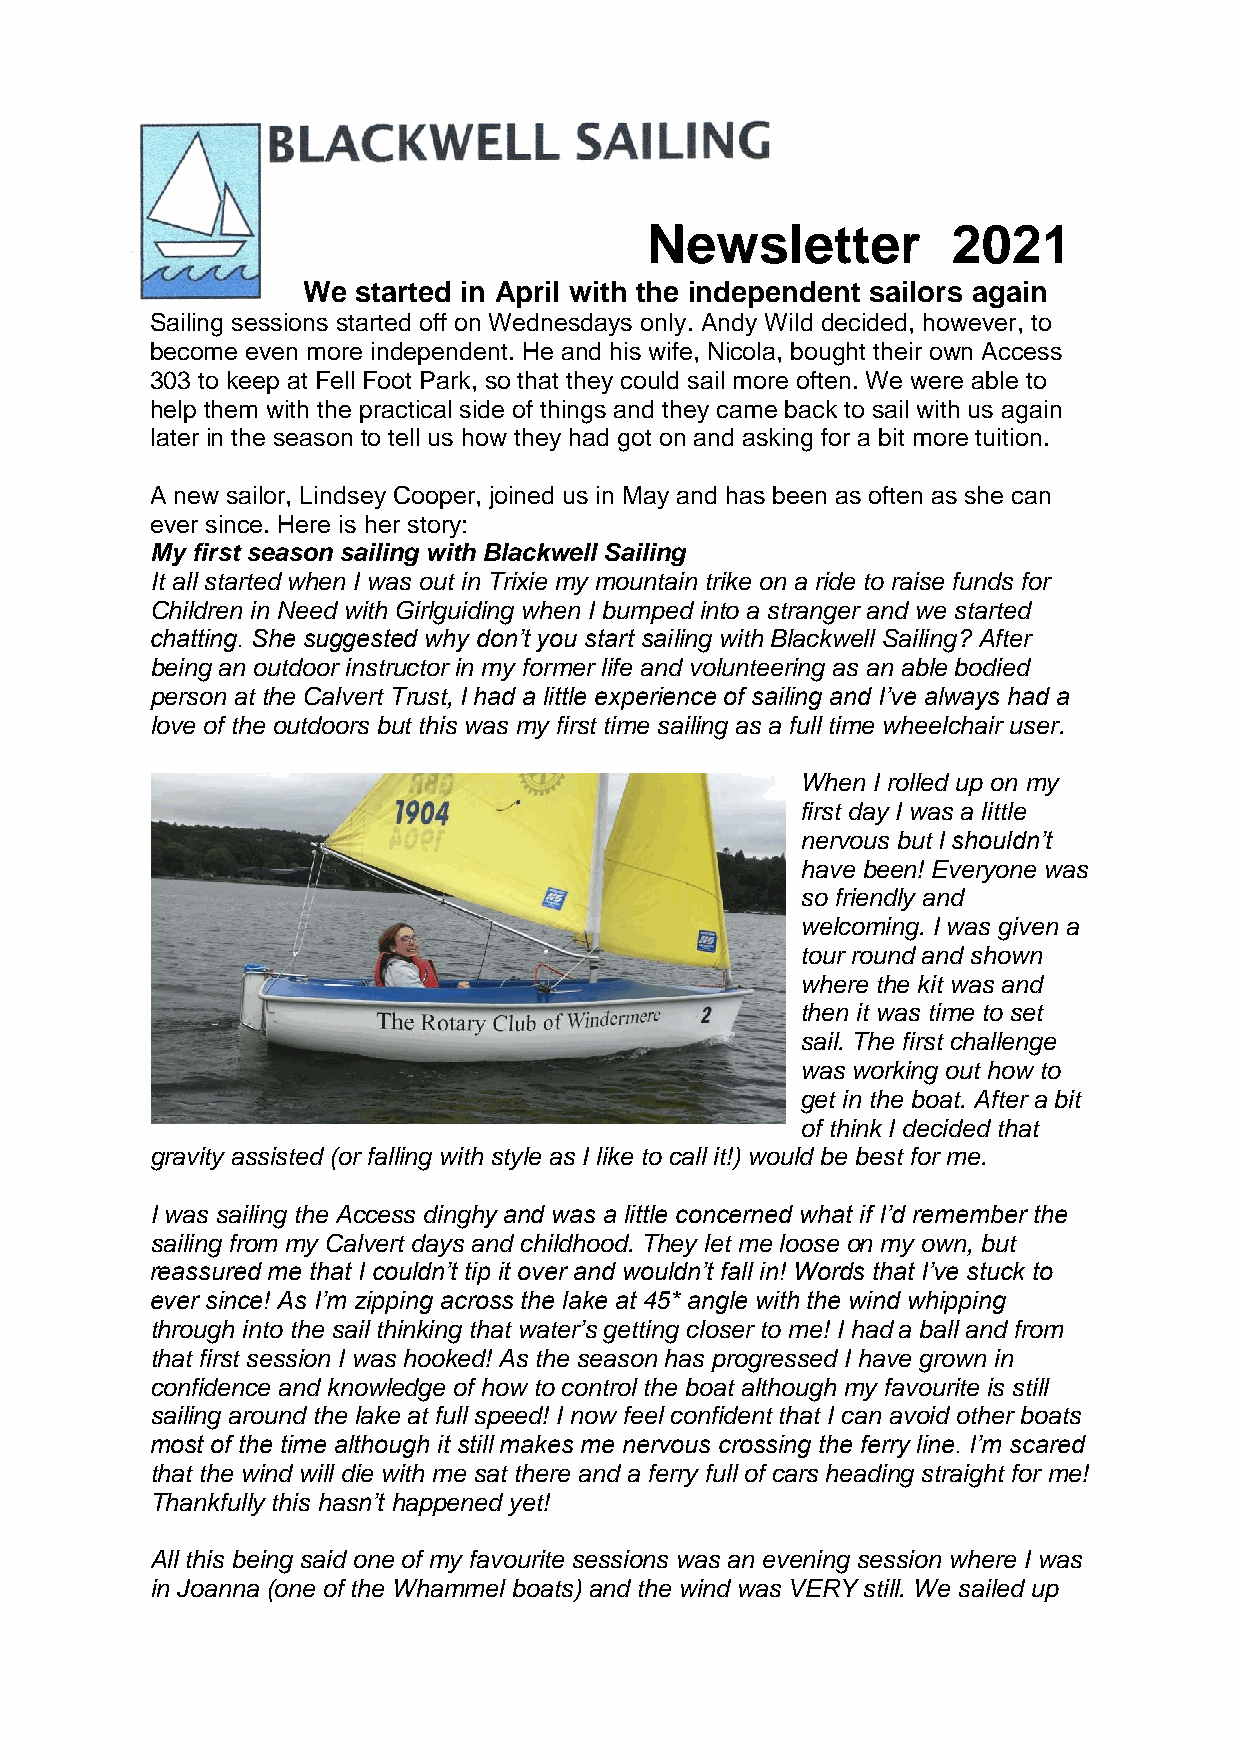
Newsletter          2021
 We  started in April with the independent sailors again
 Sailing sessions started off on Wednesdays only. Andy Wild decided, however, to
 become even more independent. He and his wife, Nicola, bought their own Access
 303 to keep at Fell Foot Park, so that they could sail more often. We were able to
 help them with the practical side of things and they came back to sail with us again
 later in the season to tell us how they had got on and asking for a bit more tuition.
 A new sailor, Lindsey Cooper, joined us in May and has been as often as she can
 ever since. Here is her story:
 My first season sailing with Blackwell Sailing
 It all started when I was out in Trixie my mountain trike on a ride to raise funds for
 Children in Need with Girlguiding when I bumped into a stranger and we started
 chatting. She suggested why don’t you start sailing with Blackwell Sailing? After
 being an outdoor instructor in my former life and volunteering as an able bodied
 person at the Calvert Trust, I had a little experience of sailing and I’ve always had a
 love of the outdoors but this was my first time sailing as a full time wheelchair user.
 When I rolled up on my
 first day I was a little
 nervous but I shouldn’t
 have been! Everyone was
 so friendly and
 welcoming. I was given a
 tour round and shown
 where the kit was and
 then it was time to set
 sail. The first challenge
 was working out how to
 get in the boat. After a bit
 of think I decided that
 gravity assisted (or falling with style as I like to call it!) would be best for me.
 I was sailing the Access dinghy and was a little concerned what if I’d remember the
 sailing from my Calvert days and childhood. They let me loose on my own, but
 reassured me that I couldn’t tip it over and wouldn’t fall in! Words that I’ve stuck to
 ever since! As I’m zipping across the lake at 45* angle with the wind whipping
 through into the sail thinking that water’s getting closer to me! I had a ball and from
 that first session I was hooked! As the season has progressed I have grown in
 confidence and knowledge of how to control the boat although my favourite is still
 sailing around the lake at full speed! I now feel confident that I can avoid other boats
 most of the time although it still makes me nervous crossing the ferry line. I’m scared
 that the wind will die with me sat there and a ferry full of cars heading straight for me!
 Thankfully this hasn’t happened yet!
 All this being said one of my favourite sessions was an evening session where I was
 in Joanna (one of the Whammel boats) and the wind was VERY still. We sailed up